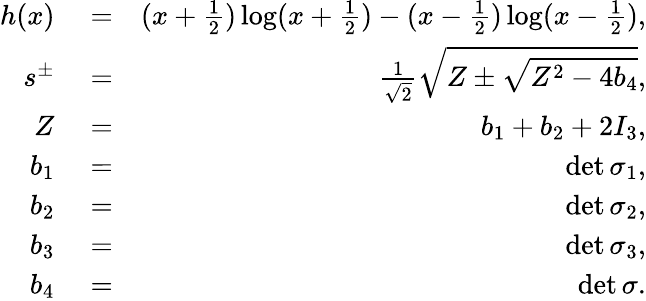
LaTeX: \begin{array}{rlr}{h(x)}&{{}=}&{(x+\frac{1}{2})\log(x+\frac{1}{2})-(x-\frac{1}{2})\log(x-\frac{1}{2}),}\\ {s^{\pm}}&{{}=}&{\frac{1}{\sqrt{2}}\sqrt{Z\pm\sqrt{Z^{2}-4b_{4}}},}\\ {Z}&{{}=}&{b_{1}+b_{2}+2I_{3},}\\ {b_{1}}&{{}=}&{\operatorname*{det}\sigma_{1},}\\ {b_{2}}&{{}=}&{\operatorname*{det}\sigma_{2},}\\ {b_{3}}&{{}=}&{\operatorname*{det}\sigma_{3},}\\ {b_{4}}&{{}=}&{\operatorname*{det}\sigma.}\end{array}